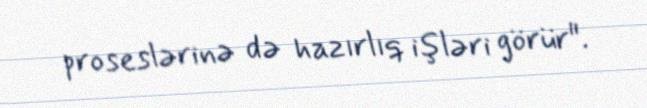
proseslərinə də hazırlıq işləri görür".